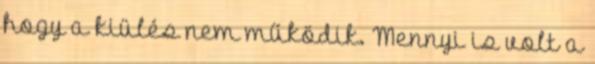
hogy a kiülés nem működik. Mennyi is volt a